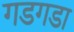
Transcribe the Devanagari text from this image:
गडगडा